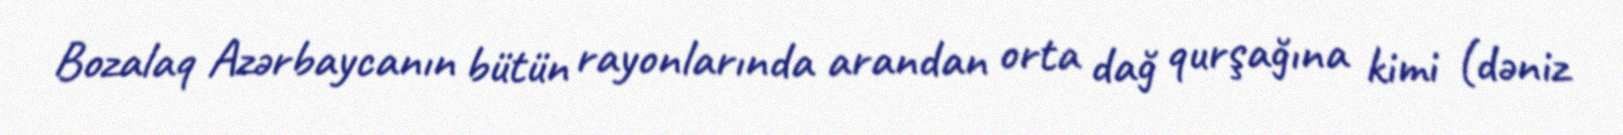
Bozalaq Azərbaycanın bütün rayonlarında arandan orta dağ qurşağına kimi (dəniz